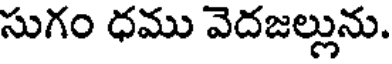
సుగం ధము వెదజల్లును.